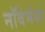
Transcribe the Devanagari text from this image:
नॉवेर्मध्ये